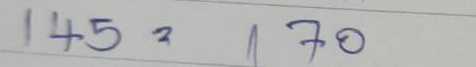
145 = 70